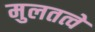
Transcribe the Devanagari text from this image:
मुलतत्वे